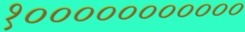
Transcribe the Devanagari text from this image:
१०००००००००००